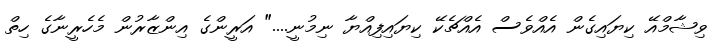
ވިޝާމްއޭ ކިޔައިގެން އެއްވެސް އެއްޗެކޭ ކިޔައިފިއްޔާ ނިމުނީ...." އަރީންގެ އިންޒާރުން މެހެރީނާގެ ހިތް